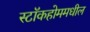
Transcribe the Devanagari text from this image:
स्टॉकहोममधील